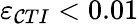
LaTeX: \varepsilon_{\mathcal{C}TI}<0.01